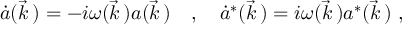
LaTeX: \dot { a } ( \vec { k } \, ) = - i \omega ( \vec { k } \, ) a ( \vec { k } \, ) \ \ \ , \ \ \ \dot { a } ^ { * } ( \vec { k } \, ) = i \omega ( \vec { k } \, ) a ^ { * } ( \vec { k } \, ) \ ,